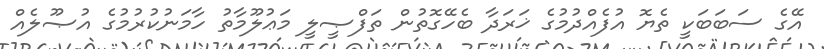
އޭގެ ސަބަބަކީ ތެޔޮ އުފެއްދުމުގެ ޚަރަދާ ބެހޭގޮތުން ތަފްޞީލީ މަޢުލޫމާތު ހާމަނުކުރުމުގެ އުޞޫލެއް